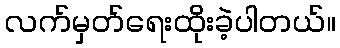
လက်မှတ်ရေးထိုးခဲ့ပါတယ်။